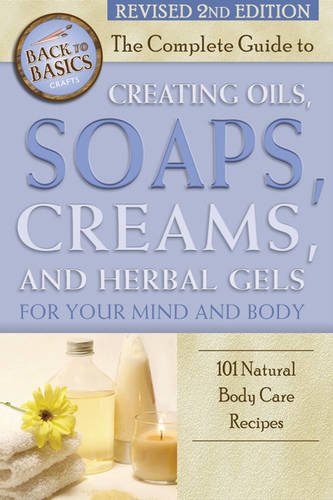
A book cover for The Complete Guide to Creating Oils, Soaps, Creams, and Herbal Gels for Your Mind and Body: 101 Natural Body Care Receipes; Marlene Jones; Crafts, Hobbies & Home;